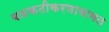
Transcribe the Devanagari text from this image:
बळकटीकरणाबाबत